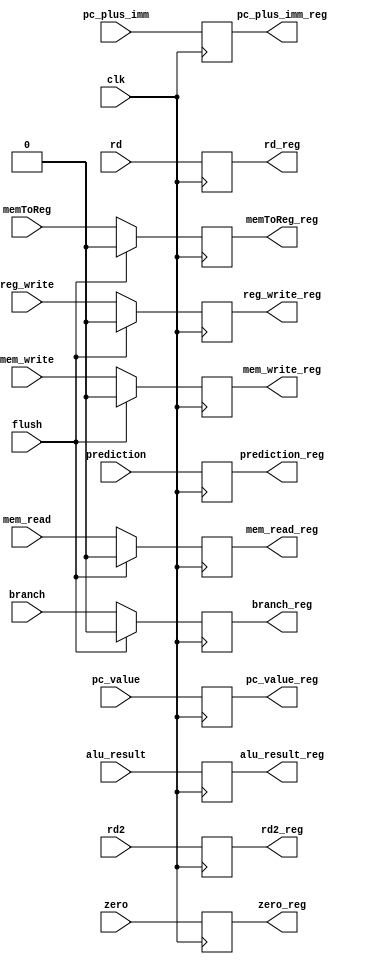
module ex_mem_register (
    input clk,
    input [63:0] pc_value,
    input [63:0] pc_plus_imm,
    input [63:0] alu_result,
    input [63:0] rd2,
    input [4:0] rd,
    input mem_read,
    input mem_write,
    input memToReg,
    input branch,
    input reg_write,
    input zero,
    input flush,
    input prediction,
    
    output reg [63:0] pc_value_reg,
    output reg [63:0] pc_plus_imm_reg,
    output reg [63:0] alu_result_reg,
    output reg [63:0] rd2_reg,
    output reg [4:0] rd_reg,
    output reg mem_read_reg,
    output reg mem_write_reg,
    output reg memToReg_reg,
    output reg branch_reg,
    output reg reg_write_reg,
    output reg zero_reg,
    output reg prediction_reg
);

    initial begin
        pc_value_reg = 0;
        pc_plus_imm_reg = 0;
        alu_result_reg = 0;
        rd2_reg = 0;
        rd_reg = 0;
        mem_read_reg = 0;
        mem_write_reg = 0;
        memToReg_reg = 0;
        branch_reg = 0;
        reg_write_reg = 0;
        zero_reg = 0;
        prediction_reg = 0;
    end

    always @(posedge clk) begin
        if (flush) begin
            mem_read_reg <= 0;
            mem_write_reg <= 0;
            memToReg_reg <= 0;
            branch_reg <= 0;
            reg_write_reg <= 0;
        end else begin
            mem_read_reg <= mem_read;
            mem_write_reg <= mem_write;
            memToReg_reg <= memToReg;
            branch_reg <= branch;
            reg_write_reg <= reg_write;
        end
        pc_value_reg = pc_value;
        pc_plus_imm_reg <= pc_plus_imm;
        alu_result_reg <= alu_result;
        rd2_reg <= rd2;
        rd_reg <= rd;
        zero_reg <= zero;
        prediction_reg <= prediction;
    end
    
endmodule